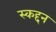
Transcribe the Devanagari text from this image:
स्कद्दन